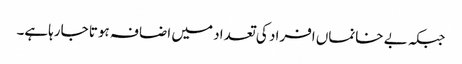
جبکہ بے خانماں افراد کی تعداد میں اضافہ ہوتا جارہاہے۔